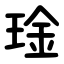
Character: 琻